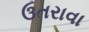
ઉતરાવા